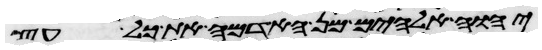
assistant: יהוה אלהים מן האדמה את כל עץ